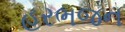
હરભજન